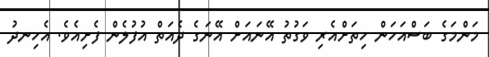
މަންމަގެ ބަސްއަހަން ހިތަށްއެރި ވަގުތު އޭނައަށް އޭނަގެ ދެއަތް އުފުލެން ފެށިއެވެ. އެހިނދު